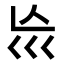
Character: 𡿬